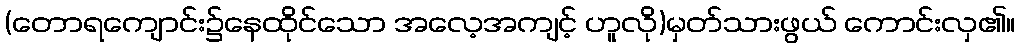
(တောရကျောင်း၌နေထိုင်သော အလေ့အကျင့် ဟူလို)မှတ်သားဖွယ် ကောင်းလှ၏။